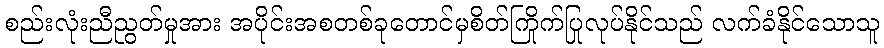
စည်းလုံးညီညွတ်မှုအား အပိုင်းအစတစ်ခုတောင်မှစိတ်ကြိုက်ပြုလုပ်နိုင်သည် လက်ခံနိုင်သောသူ